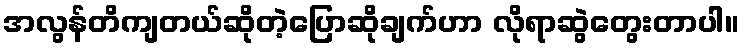
အလွန်တိကျတယ်ဆိုတဲ့ပြောဆိုချက်ဟာ လိုရာဆွဲတွေးတာပါ။